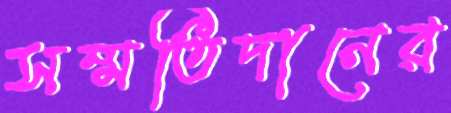
সম্মতিদানের